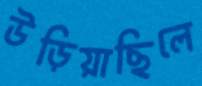
উড়িয়াছিলে